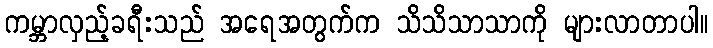
ကမ္ဘာလှည့်ခရီးသည် အရေအတွက်က သိသိသာသာကို များလာတာပါ။